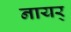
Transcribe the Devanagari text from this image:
नायर्